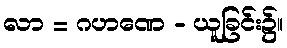
လာ = ဂဟဏေ - ယူခြင်း၌။